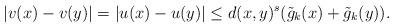
LaTeX: \begin{align*}|v(x) - v(y)|=| u(x)-u(y)|\le d(x,y)^{s}(\tilde g_{k}(x)+\tilde g_{k}(y)).\end{align*}